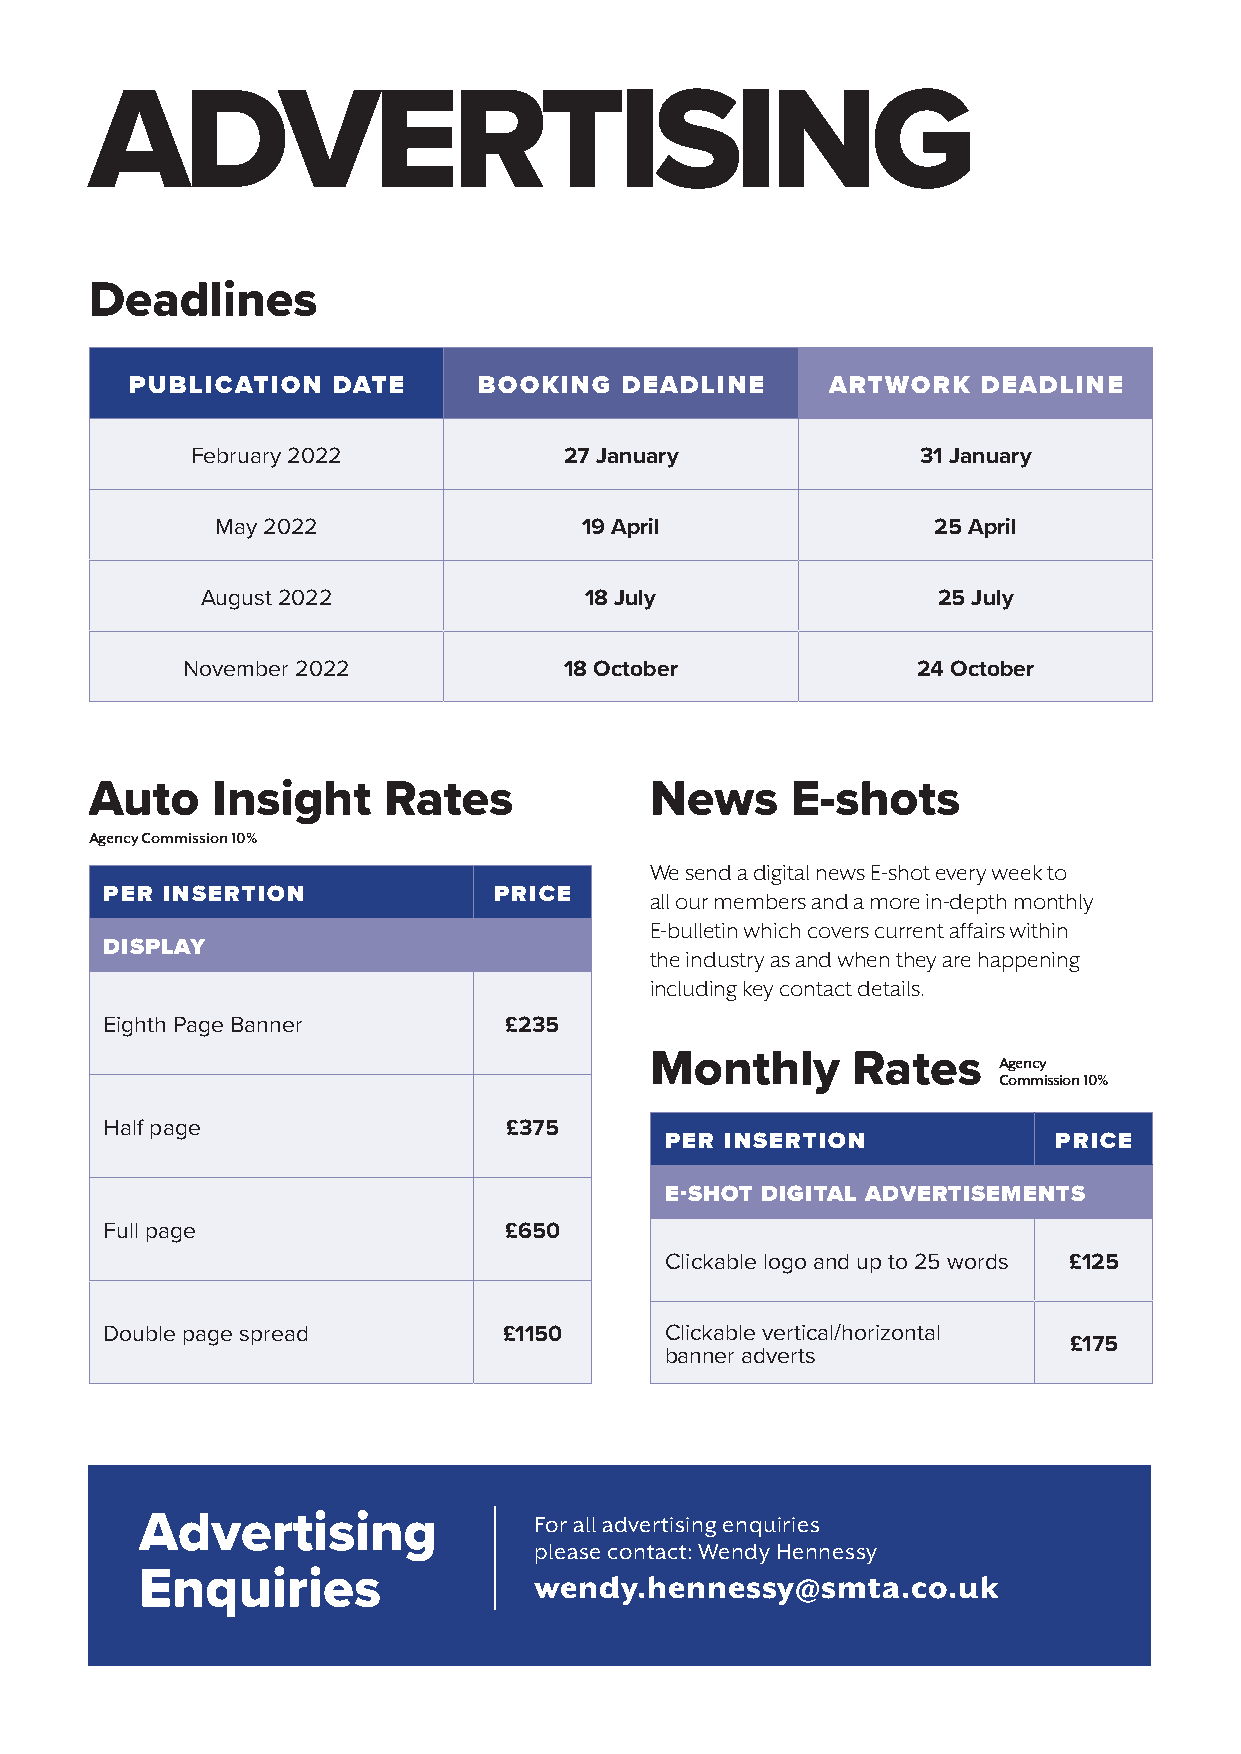
ADVERTISING
 Deadlines
 PUBLICATION  DATE      BOOKING  DEADLINE      ARTWORK   DEADLINE
 February 2022           27 January              31 January
 May 2022                 19 April               25 April
 August 2022               18 July                25 July
 November 2022            18 October              24 October
 Auto    Insight    Rates             News     E-shots
 Agency Commission 10%
 We send a digital news E-shot every week to
 PER INSERTION             PRICE     all our members and a more in-depth monthly
 E-bulletin which covers current affairs within
 DISPLAY
 the industry as and when they are happening
 including key contact details.
 Eighth Page Banner        £235
 Monthly      Rates     Agency
 Commission 10%
 Half page                 £375
 PER INSERTION             PRICE
 E-SHOT DIGITAL ADVERTISEMENTS
 Full page                 £650
 Clickable logo and up to 25 words £125
 Double page spread        £1150      Clickable vertical/horizontal
 £175
 banner adverts
 Advertising               For all advertising enquiries
 please contact: Wendy Hennessy
 Enquiries                 wendy.hennessy@smta.co.uk